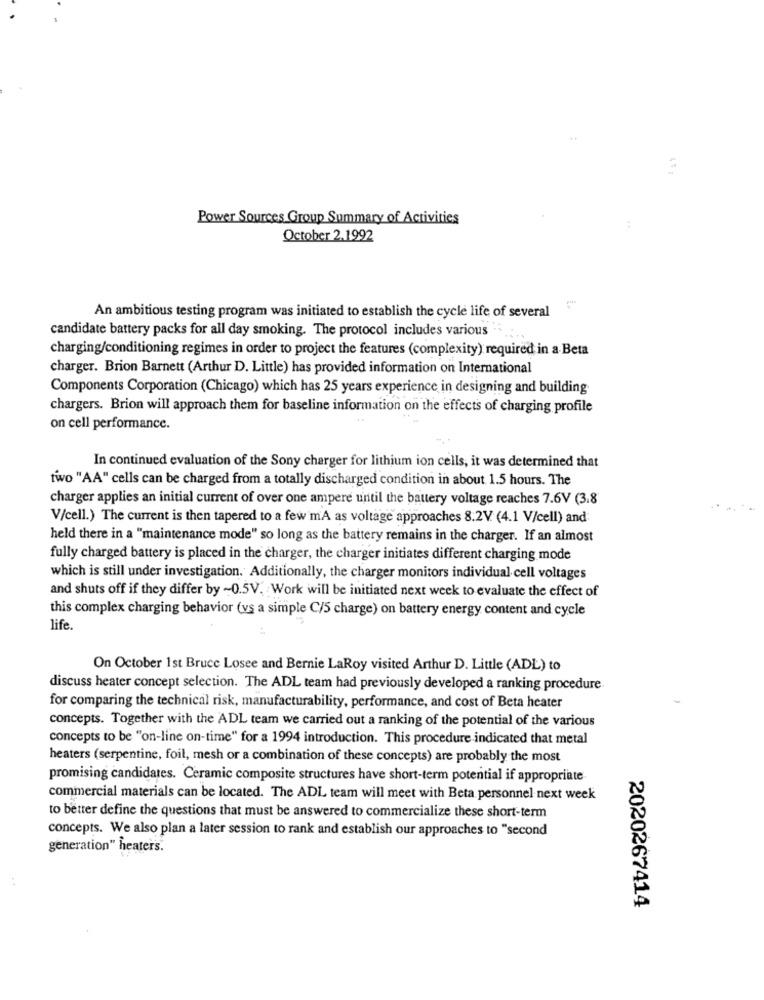
Power Sources Group Summary of Activities
:
October 2.1992
An ambitious testing program was initiated to establish the cycle life of several
candidate battery packs for all day smoking. The protocol includes various
charging/conditioning regimes in order to project the features (complexity) required in a Beta
charger. Brion Barnett (Arthur D. Little) has provided information on International
Components Corporation (Chicago) which has 25 years experience in designing and building
chargers. Brion will approach them for baseline information on the effects of charging profile
on cell performance.
In continued evaluation of the Sony charger for lithium ion cells, it was determined that
two "AA" cells can be charged from a totally discharged condition in about 1.5 hours. The
charger applies an initial current of over one ampere until the battery voltage reaches 7.6V (3.8
V/cell.) The current is then tapered to a few mA as voltage approaches 8:2V (4.1 V/cell) and
held there in a "maintenance mode" so long as the battery remains in the charger. If an almost
fully charged battery is placed in the charger, the charger initiates different charging mode
which is still under investigation. Additionally, the charger monitors individual cell voltages
and shuts off if they differ by ~0.5V. Work will be initiated next week to evaluate the effect of
this complex charging behavior (vs a simple C/5 charge) on battery energy content and cycle
life.
On October 1st Bruce Losee and Bernie LaRoy visited Arthur D. Little (ADL) to
discuss heater concept selection. The ADL team had previously developed a ranking procedure.
for comparing the technical risk, manufacturability, performance, and cost of Beta heater
concepts. Together with the ADL team we carried out a ranking of the potential of the various
concepts to be "on-line on-time" for a 1994 introduction. This procedure indicated that metal
heaters (serpentine, foil, mesh or a combination of these concepts) are probably the most
promising candidates. Ceramic composite structures have short-term potential if appropriate
commercial materials can be located. The ADL team will meet with Beta personnel next week
to better define the questions that must be answered to commercialize these short-term
concepts. We also plan a later session to rank and establish our approaches to "second
generation" heaters.
2020267414